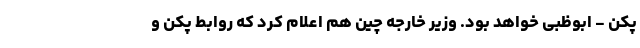
پکن - ابوظبی خواهد بود. وزیر خارجه چین هم اعلام کرد که روابط پکن و